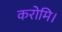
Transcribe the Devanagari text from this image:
करोमि।